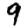
Digit: 9